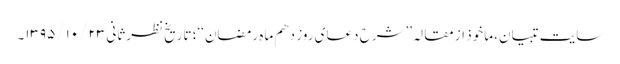
سایت تبیان، ماخوذ از مقالہ ’’شرح دعای روز دهم ماه رمضان‘‘؛ تاریخ نظرثانی ۱۳۹۵/۱۰/۲۳۔